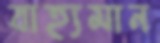
বাহ্যমান